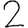
Digit: 2